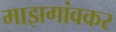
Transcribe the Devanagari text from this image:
माझगांवकर